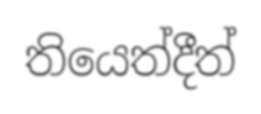
තියෙත්දීත්